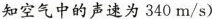
知空气中的声速为340m/s)